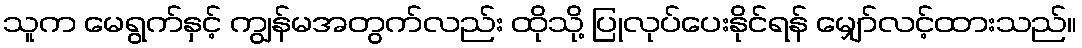
သူက မေရွက်နှင့် ကျွန်မအတွက်လည်း ထိုသို့ ပြုလုပ်ပေးနိုင်ရန် မျှော်လင့်ထားသည်။